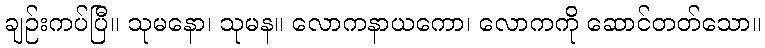
ချဉ်းကပ်ပြီ။ သုမနော၊ သုမန။ လောကနာယကော၊ လောကကို ဆောင်တတ်သော။